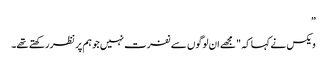
”
ویکس نے کہا کہ "مجھے ان لوگوں سے نفرت نہیں جو ہم پر نظر رکھتے تھے۔